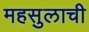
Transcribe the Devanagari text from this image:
महसुलाची